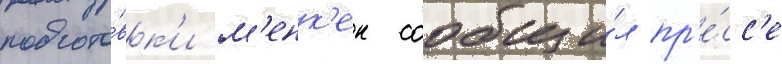
подгото́вк'и м'енк'ен сообщи́л пр'е́сс'е